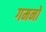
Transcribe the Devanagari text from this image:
गमनों